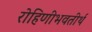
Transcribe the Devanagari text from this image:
रोहिणीभवतीर्थ